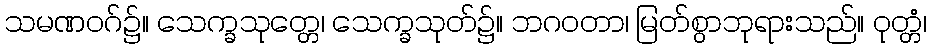
သမဏဝဂ်၌။ သေက္ခသုတ္တေ၊ သေက္ခသုတ်၌။ ဘဂဝတာ၊ မြတ်စွာဘုရားသည်။ ဝုတ္တံ၊